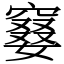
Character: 䆯